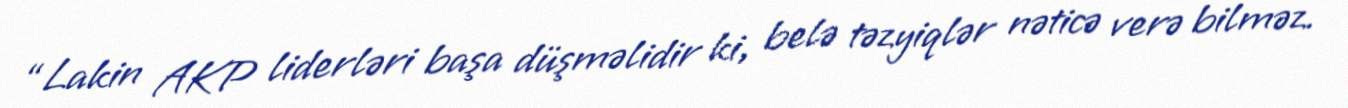
“Lakin AKP liderləri başa düşməlidir ki, belə təzyiqlər nəticə verə bilməz.